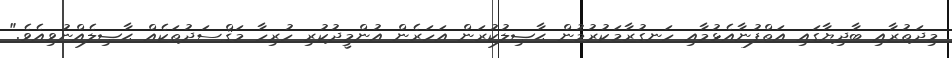
މިދަތުރާއި ބާދިޔާގައި އަތްފުނާއެޅުމާއި ހަނގުރާމަކުރުމުން ޙާޞިލުކުރަން އަހަރެން އުންމީދުކުރި ހުރިހާ މަޤްސަދުތަކެއް ޙާޞިލެއްނުވިއެވެ."